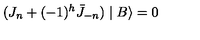
( J _ { n } + ( - 1 ) ^ { h } \bar { J } _ { - n } ) \mid B \rangle = 0